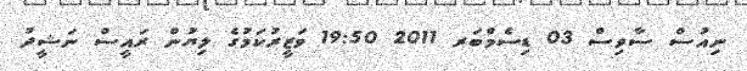
ނިއުސް ސާވިސް 03 ޑިސެމްބަރ 2011 19:50 ވަޒީރުކަމުގެ ލިޔުން ރައީސް ނަޝީދު